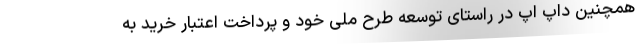
همچنین داپ اَپ در راستای توسعه طرح ملی خود و پرداخت اعتبار خرید به